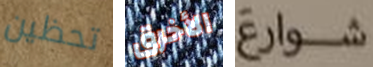
تحظين الأخرق شوارع